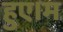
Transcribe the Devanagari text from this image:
हुए।म